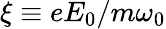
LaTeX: \xi\equiv eE_{0}/m\omega_{0}